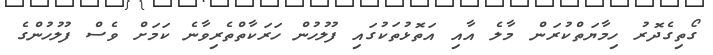
ގޯތިގެދޮރު ހިމާޔަތްކުރަން މާލެ އާއި އަތޮޅުތަކުގައި ފުލުހުން ހަރަކާތްތެރިވާނެ ކަމަށް ވެސް ފުލުހުންގެ